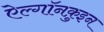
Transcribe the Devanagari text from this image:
ऐल्गॉनक़ुइन